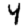
Digit: 4